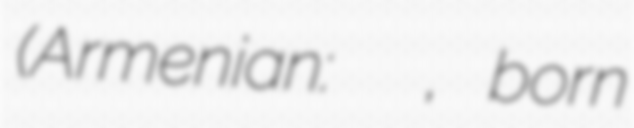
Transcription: (Armenian: Կարապետ Միքայելյան, born